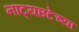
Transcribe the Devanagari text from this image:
नाट्यछटेच्या